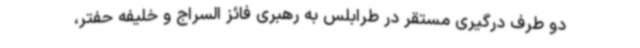
دو طرف درگیری مستقر در طرابلس به رهبری فائز السراج و خلیفه حفتر،